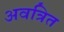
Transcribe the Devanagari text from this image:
अवत्रित